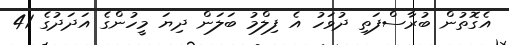
އެގޮތުން ބުރާސްފަތި ދުވަހު އެ ފިލްމު ބަލަން ދިޔަ މީހުންގެ އަދަދުގެ 41